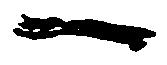
一